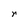
Character: r